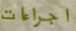
اجراءات